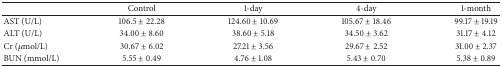
|  | Control | 1-day | 4-day | 1-month |
 | --- | --- | --- | --- | --- |
 | AST (U/L) | 106.5 ± 22.28 | 124.60 ± 10.69 | 105.67 ± 18.46 | 99.17 ± 19.19 |
 | ALT (U/L) | 34.00 ± 8.60 | 38.60 ± 5.18 | 34.50 ± 3.62 | 31.17 ± 4.12 |
 | Cr (μmol/L) | 30.67 ± 6.02 | 27.21 ± 3.56 | 29.67 ± 2.52 | 31.00 ± 2.37 |
 | BUN (mmol/L) | 5.55 ± 0.49 | 4.76 ± 1.08 | 5.43 ± 0.70 | 5.38 ± 0.89 |